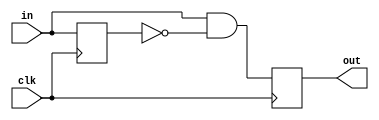
`timescale 1ns / 1ps

module single_pulser(
    output reg out,
    input wire in,
    input wire clk
);

    reg in_prev = 0;

    always @(posedge clk) begin
        out <= in & ~in_prev;
        in_prev <= in;
    end
endmodule